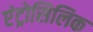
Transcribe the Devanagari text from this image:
एंट्रोसिलिक